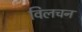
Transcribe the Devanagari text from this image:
विलचन